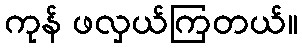
ကုန် ဖလှယ်ကြတယ်။